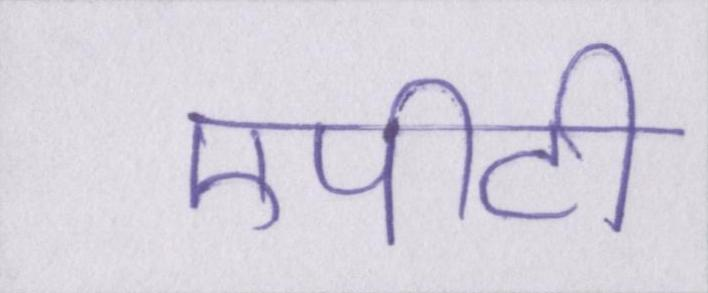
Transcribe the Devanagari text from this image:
एपीटी